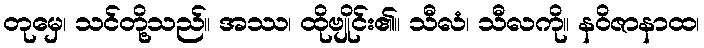
တုမှေ၊ သင်တို့သည်။ အဿ၊ ထိုဗျိုင်း၏။ သီလံ၊ သီလကို။ နဝိဇာနာထ၊